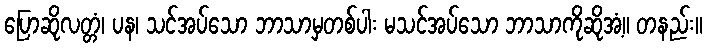
ပြောဆိုလတ္တံ၊ ပန၊ သင်အပ်သော ဘာသာမှတစ်ပါး မသင်အပ်သော ဘာသာကိုဆိုအံ့။ တနည်း။